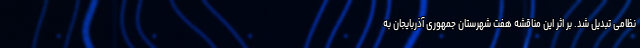
نظامی تبدیل شد. بر اثر این مناقشه هفت شهرستان جمهوری آذربایجان به